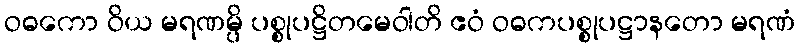
ဝဓကော ဝိယ မရဏမ္ပိ ပစ္စုပဋ္ဌိတမေဝါတိ ဧဝံ ဝဓကပစ္စုပဋ္ဌာနတော မရဏံ